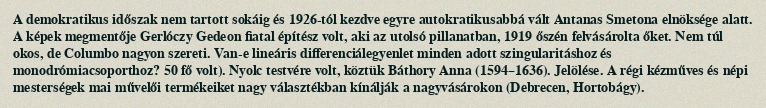
A demokratikus időszak nem tartott sokáig és 1926-tól kezdve egyre autokratikusabbá vált Antanas Smetona elnöksége alatt. A képek megmentője Gerlóczy Gedeon fiatal építész volt, aki az utolsó pillanatban, 1919 őszén felvásárolta őket. Nem túl okos, de Columbo nagyon szereti. Van-e lineáris differenciálegyenlet minden adott szingularitáshoz és monodrómiacsoporthoz? 50 fő volt). Nyolc testvére volt, köztük Báthory Anna (1594–1636). Jelölése. A régi kézműves és népi mesterségek mai művelői termékeiket nagy választékban kínálják a nagyvásárokon (Debrecen, Hortobágy).